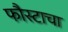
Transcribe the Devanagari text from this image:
फौस्टाचा